Notes on vaccination in the North-West Frontier Province 1923-1928 - 1923-1928
Year: 1923
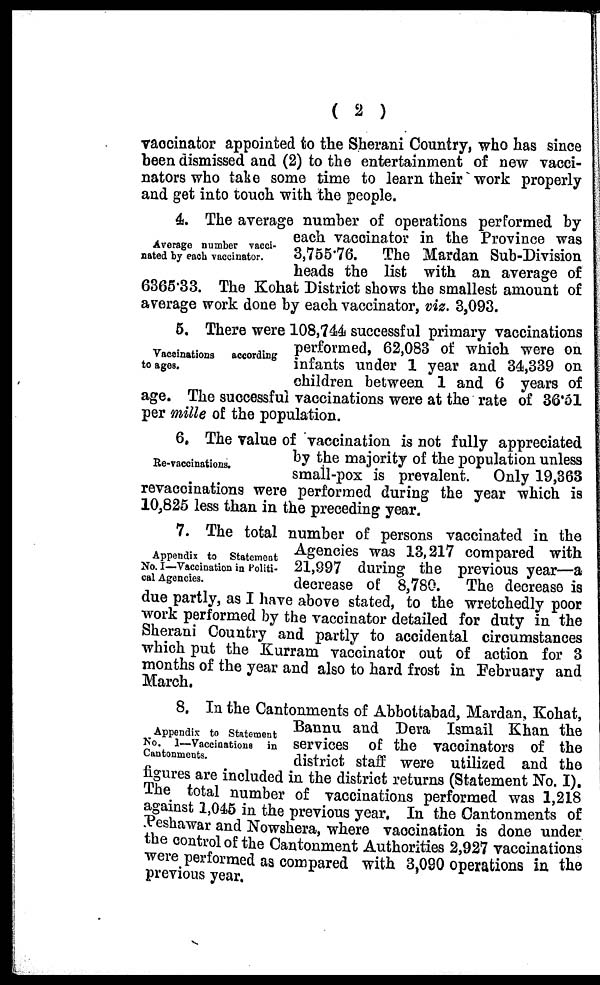
( 2 )
vaccinator appointed to the Sherani Country, who has since
been dismissed and (2) to the entertainment of new vacci¬
nators who take some time to learn their work properly
and get into touch with the people.
Average number vacci-
nated by each vaccinator.
4. The average number of operations performed by
each vaccinator in the Province was
3,755.76. The Mardan Sub-Division
heads the list with an average of
6365.33. The Kohat District shows the smallest amount of
average work done by each vaccinator, viz. 3,093.
Vaccinations
according
to ages.
5. There were 108,744 successful primary vaccinations
performed, 62,083 of which were on
infants under 1 year and 34,339 on
children between 1 and 6 years of
age. The successful vaccinations were at the rate of 36.51
per mille of the population.
Re-vaccinations.
6. The value of vaccination is not fully appreciated
by the majority of the population unless
small-pox is prevalent. Only 19,363
revaccinations were performed during the year which is
10,825 less than in the preceding year.
Appendix to Statement
No. I—Vaccination in Politi-
cal Agencies.
7. The total number of persons vaccinated in the
Agencies was 13,217 compared with
21,997 during the previous year—a
decrease of 8,780. The decrease is
due partly, as I have above stated, to the wretchedly poor
work performed by the vaccinator detailed for duty in the
Sherani Country and partly to accidental circumstances
which put the Kurram vaccinator out of action for 3
months of the year and also to hard frost in February and
March.
Appendix to Statement
No. I—Vaccinations in
Cantonments.
8. In the Cantonments of Abbottabad, Mardan, Kohat,
Bannu and Dera Ismail Khan the
services of the vaccinators of the
district staff were utilized and the
figures are included in the district returns (Statement No. I).
The total number of vaccinations performed was 1,218
against 1,045 in the previous year. In the Cantonments of
Peshawar and Nowshera, where vaccination is done under
the control of the Cantonment Authorities 2,927 vaccinations
were performed as compared with 3,090 operations in the
previous year.